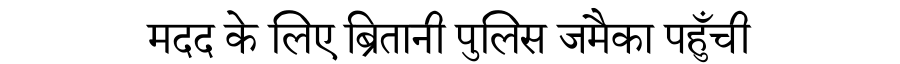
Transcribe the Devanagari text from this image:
मदद के लिए ब्रितानी पुलिस जमैका पहुँची